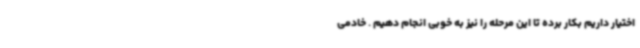
اختیار داریم بکار برده تا این مرحله را نیز به خوبی انجام دهیم . خادمی